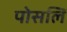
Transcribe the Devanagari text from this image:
पोसलि